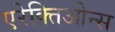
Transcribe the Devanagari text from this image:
एरेक्तिओन्स